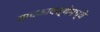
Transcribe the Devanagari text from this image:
साधकावस्थेमध्ये